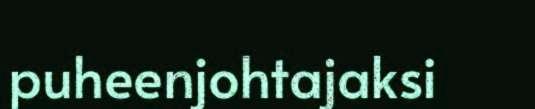
puheenjohtajaksi